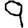
Digit: 9